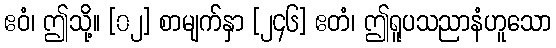
ဧဝံ၊ ဤသို့။ [၀၂] စာမျက်နှာ [၂၄၆] ဧတံ၊ ဤရူပသညာနံဟူသော